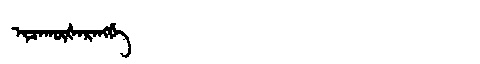
Manchu: ᡳᠴᠠᡴᡡᡧᠠᡵᠠᠩᡤᡝ
Romanization: ICAKŪŠARANGGE